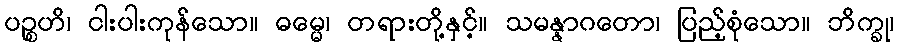
ပဉ္စဟိ၊ ငါးပါးကုန်သော။ ဓမ္မေ၊ တရားတို့နှင့်။ သမန္နာဂတော၊ ပြည့်စုံသော။ ဘိက္ခု၊